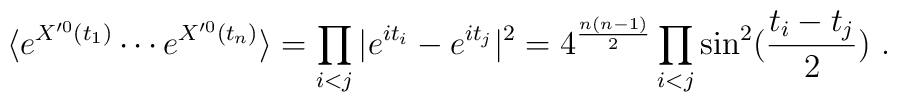
\langle e^{X'^0(t_1)} \cdots e^{X'^0(t_n)} \rangle = \prod_{i<j} |e^{it_i}-e^{it_j}|^2  =4^{n(n-1)\over 2} \prod_{i<j}\sin^2 ({t_i - t_j \over 2})~.